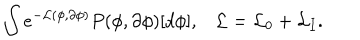
\int e ^ { - { \cal L } ( \phi , \partial \phi ) } P ( \phi , \partial \phi ) [ d \phi ] , { \cal L } = { \cal L } _ { 0 } + { \cal L } _ { I } .